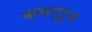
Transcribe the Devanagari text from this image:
कथाटून